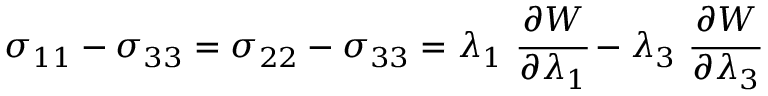
\sigma _ { 1 1 } - \sigma _ { 3 3 } = \sigma _ { 2 2 } - \sigma _ { 3 3 } = \lambda _ { 1 } ~ { \cfrac { \partial W } { \partial \lambda _ { 1 } } } - \lambda _ { 3 } ~ { \cfrac { \partial W } { \partial \lambda _ { 3 } } }